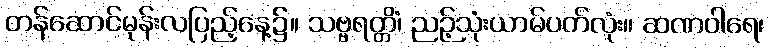
တန်ဆောင်မုန်းလပြည့်နေ့၌။ သဗ္ဗရတ္တိံ၊ ညဉ့်သုံးယာမ်ပတ်လုံး။ ဆဏဝါရေ၊